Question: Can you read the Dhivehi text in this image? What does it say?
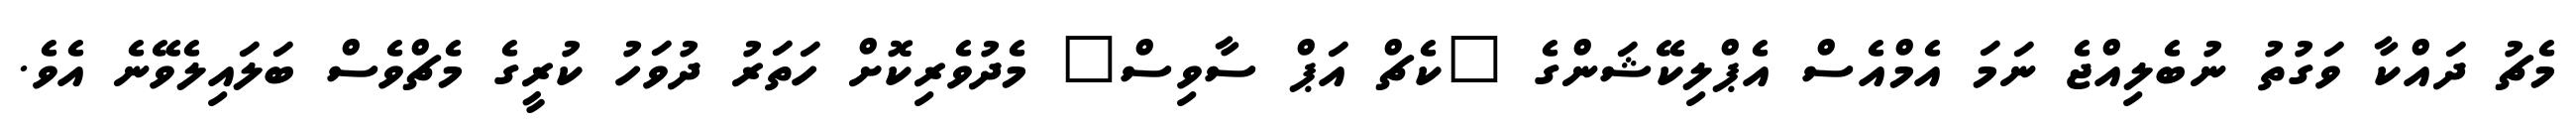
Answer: މެޗު ދައްކާ ވަގުތު ނުބެލިއްޖެ ނަމަ އެމްއެސް އެޕްލިކޭޝަންގެ "ކެޗް އަޕް ސާވިސް" މެދުވެރިކޮށް ހަތަރު ދުވަހު ކުރީގެ މެޗްވެސް ބަލައިލެވޭނެ އެވެ.